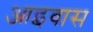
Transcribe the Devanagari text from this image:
आइवास